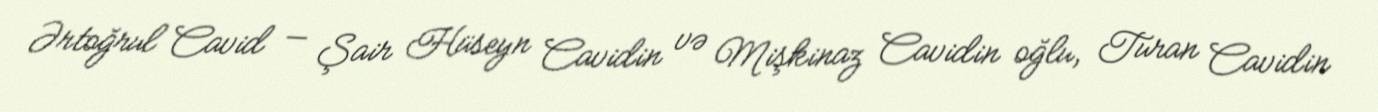
Ərtoğrul Cavid — Şair Hüseyn Cavidin və Mişkinaz Cavidin oğlu, Turan Cavidin